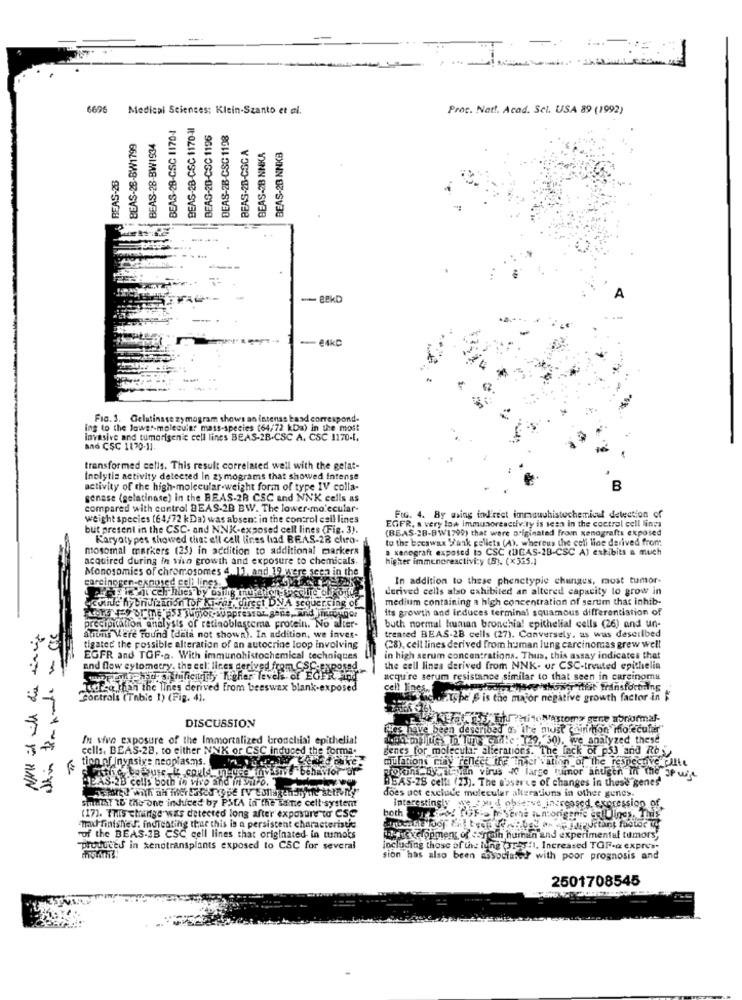
6696 Medical Sciences: Klein-Szanto et al.
Proc. Natt. Acad. Sct. USA 89 (1992)
BEAS-28-CSC 1170-1
BEAS-2B-CSC 1170-41
BEAS-20-CSC 1196
DEAS-2B-CSC 1198
BEAS-28-BW1799
BEAS-28-BW1934
BEAS-2B-CSC A
BEAS-28 NNKA
BEAS-2B NNKB
REAS-28
- €4kč
Fig. 3. Gelatinase zymogram shows an intenss kand correspond-
ing to the lower-molecular mass-species (64/72 kDa) in the most
invasive and tumorigenic cell lines BEAS-2B.CSC A. CSC 1170-1.
BAĞ CSC 1170-11.
transformed cells. This result correlated well with the gelat-
Inolytia activity deteered In zymograms that showed intense
activity of the high-molecular-weight form of type IV colla-
B
genase (gelatinase) in the BEAS-2R CSC and NNK cells as
compared with control BEAS-2B BW. The lower-molecular-
weight species (64/72 kDa) was absent in the control csil lines
FIG. 4. By ming ind'reet immuuuhistochemical detection of
but present in the CSC- and NNK-exposed cell lines (Fig. 3).
(BEAS-28-BW1799) that were originated from xenografts exposed
EGFR, a very low immunoreactivity is seen in the control cell lines
Karyotypes showed that ell cell lines had BEAS-28 chiro-
to the bocswax 'ank pellets (A). whereus the coli line derived from
mosomal markers (25) in addition to additional markers
a kenegraft exposed is CSC (DIGAS-2B-CSC A) eskibits a much
acquired during In vivo growth and exposure to chemicals.
higher immenoreactivity (B). (x335.1
Monosomies of chromosomes 4 11, and 19 were seen in the
carcinogen-exposed cell lines.
In addition to these phenctypie changes, most tumor-
derived cells also exhibited an altered capacity to grow in
medium containing a high concentration of serum that inhib-
ecolide hybndización tof Ki-rar, direct DNA sequencing of
its growth and induces terminal squamous differentiation of
this kapade - cie
precipitation analysis of retinoblastoma protein. No alter-
buth normal human bronchia! epithelial cells (26) and un-
huiuns Were Found (data not shown). In addition, we inves.
treated BEAS-2B cells (27). Conversely, as was described
tigatec the possible alteration of an autocrine loop involving
(28), cell lines derived from human lung carcinomas grew well
EGFR and TGF-a. With immunohistochemical techniques
in high serum concentrations. Thus, this assay indicates that
and flow cytometry. the cel: lines derived from CSC.Exposed,
the cell lines derived from NNK- ur CSC-treated epithelia
wwwaptque hoy officiurthy higher levels of EGER! !
acqu're serum resistance similar to that seen in carcinoma
Judica than the Ines derived from beeswax blank-exposed
cell line
Stodthey 'showa dit fransfortrins
Cor.trals (Table 1) (Fig. 4).
Scarpe & is the major negative growth factor in $
WAREFECTOS The PeitoWastomy gene abnormal-
DISCUSSION
thes have been described as ite must chinchon molecular"
In sive exposure of the Immortalized bronchial epithelial
Lao malle olus Gulle : 129, 30). we analyzed these
cells. BEAS-28, to either NNK or CSC induced the forma.
genes for molecular alterations. The lack of p5] 'and Rby,
tion of Inyasix: neoplasms.
mulations miay renlect ihr Inici vation of the respective pilte
the because,it could mn-use invasive behavior ar
SEAS.2B cells both in vivo and in vitro.
RO on By Leyin virus 4 large tumor antigen in the JP we
BEAS-28 cells (23). The poserce of changes in these genes'
does not exclude molecular alterations in other genes.
SmallST RE the one indiced by PSEA in the same cell-system
Interestingly we _tw I observe increased expression of
(17). This change was detected long after exposure to CSC
max finishes, indicating that this is a persistent characteristic
fof the BEAS-2B CSC cell lines that originated in tumors
wayne velopment of youin human and experimental tumors"
-produced in xenotransplants exposed to CSC for several
Including those of the long (res "1, Increased TOF-a expres-
sion has also been associated with poor prognosis and
2501708545